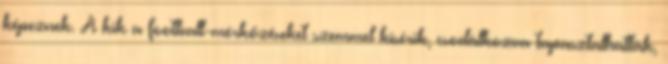
képeznek. A kik a football-mérkőzéseket szemmel kísérik, csodálkozva tapasztalhatták,